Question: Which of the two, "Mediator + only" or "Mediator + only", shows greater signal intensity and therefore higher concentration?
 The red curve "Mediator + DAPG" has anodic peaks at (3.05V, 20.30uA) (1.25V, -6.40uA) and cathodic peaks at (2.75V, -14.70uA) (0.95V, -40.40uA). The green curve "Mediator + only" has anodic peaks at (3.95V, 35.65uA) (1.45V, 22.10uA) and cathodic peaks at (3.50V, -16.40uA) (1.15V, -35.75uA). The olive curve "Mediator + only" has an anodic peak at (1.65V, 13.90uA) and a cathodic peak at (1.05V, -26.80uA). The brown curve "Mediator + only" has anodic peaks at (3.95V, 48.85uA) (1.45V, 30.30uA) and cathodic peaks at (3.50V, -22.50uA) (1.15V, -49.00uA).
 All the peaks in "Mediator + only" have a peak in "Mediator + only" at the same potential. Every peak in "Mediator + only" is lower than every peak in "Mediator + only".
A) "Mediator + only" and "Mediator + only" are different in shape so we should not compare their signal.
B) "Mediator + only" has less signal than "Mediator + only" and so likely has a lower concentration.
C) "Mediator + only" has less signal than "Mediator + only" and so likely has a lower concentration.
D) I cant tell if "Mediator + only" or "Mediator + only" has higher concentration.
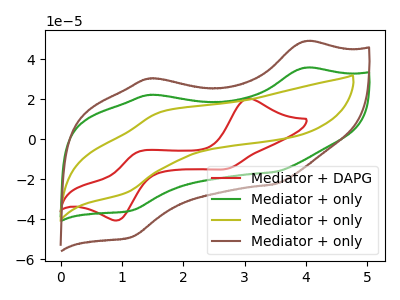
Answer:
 <answer>C) "Mediator + only" has less signal than "Mediator + only" and so likely has a lower concentration.</answer>
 <eval>C</eval>